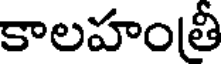
కాలహంతీ